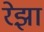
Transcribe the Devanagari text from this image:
रेझा